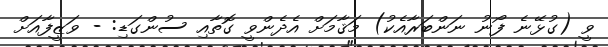
ވީ (ގުޅޭނެ ފޯނު ނަންބަރާއެކު) މަޤާމަށް އެދެންވީ ގޮތާއި ސުންގަޑި: - ވަޒީފާއަށް